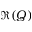
\Re ( Q )